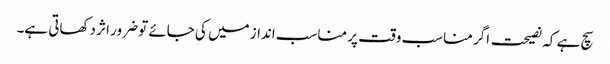
سچ ہے کہ نصیحت اگر مناسب وقت پر مناسب انداز میں کی جائے تو ضرور اثر دکھاتی ہے۔